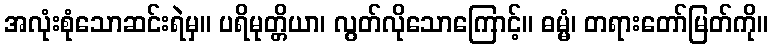
အလုံးစုံသောဆင်းရဲမှ။ ပရိမုတ္တိယာ၊ လွတ်လိုသောကြောင့်။ ဓမ္မံ၊ တရားတော်မြတ်ကို။